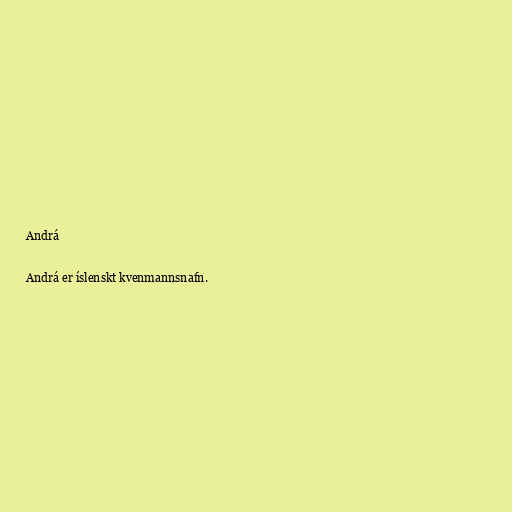
Andrá

Andrá er íslenskt kvenmannsnafn.